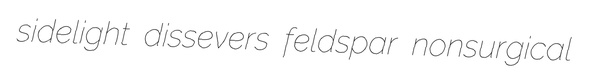
sidelight dissevers feldspar nonsurgical